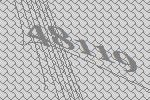
48119